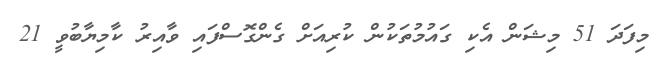
މިފަދަ 51 މިޝަން އެކި ގައުމުތަކުން ކުރިއަށް ގެންގޮސްފައި ވާއިރު ކާމިޔާބުވީ 21